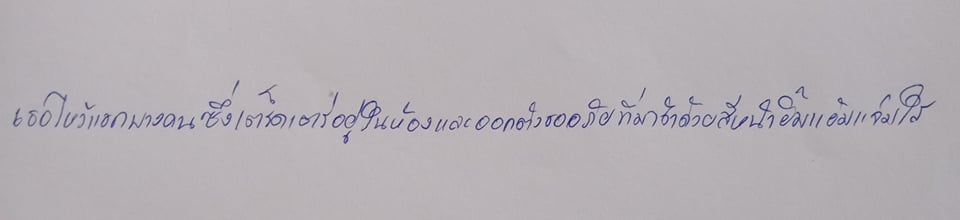
เธอไหว้แขกบางคนซึ่งเตร็ดเตร่อยู่ในห้องและออกตัวขออภัยที่มาช้าด้วยสีหน้ายิ้มแย้มแจ่มใส